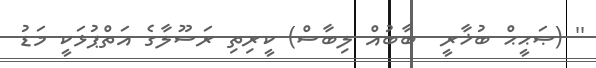
'' (ޞަޙީޙް ބުޚާރީ  ބާބުއް ލިބާސް) ކީރިތި ރަސޫލާގެ އަތްޕުޅަކީ މަޑު